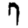
Digit: 7